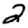
Digit: 2